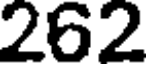
262